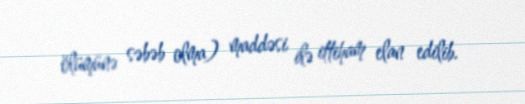
ölümünə səbəb olma) maddəsi ilə ittiham elan edilib.